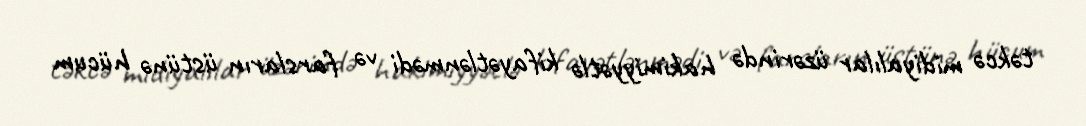
təkcə midiyalılar üzərində hakimiyyətlə kifayətlənmədi və farsların üstünə hücum